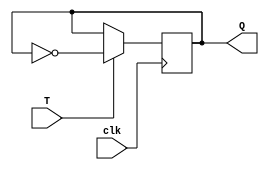
module T_Latch(
    input T,
    input clk,
    output reg Q
);

reg D;

always @(posedge clk) begin
    if(T) begin
        D <= ~Q;
    end
end

assign Q = D;

endmodule